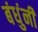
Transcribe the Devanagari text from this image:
बंधुंनी